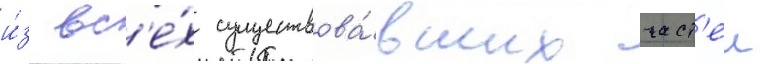
и́з вс'е́х существова́вших част'еи